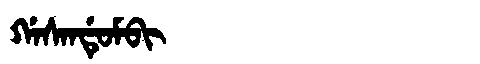
Manchu: ᡤᠠᠰᠠᠨᡩᡠᠮᠪᡳ
Romanization: GASANDUMBI